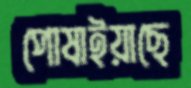
পোষাইয়াছে